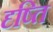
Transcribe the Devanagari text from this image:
दृष्ति